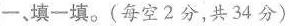
一、填一填。(每空2分，共34分)